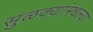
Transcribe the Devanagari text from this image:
सुळक्यांमधल्या